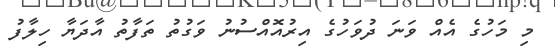
މި މަހުގެ އެއް ވަނަ ދުވަހުގެ އިރުއޮއްސުނު ވަގުތު ތަފާތު އާދަޔާ ހިލާފު